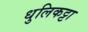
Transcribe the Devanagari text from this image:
धुलिकट्टा